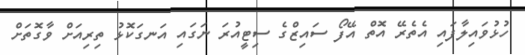
ހުޅުވައިލާފައި އެތެރޭ އޮތް އޭފޯ ސައިޒްގެ ސިޓީއުރަ ނަގައި އަނގަކޮޅު ތިރިއަށް ވާގޮތަށް